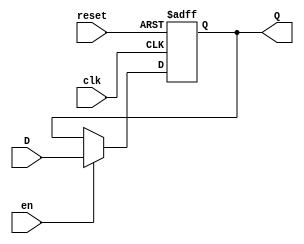
module BarrierRegister (
    input wire clk,        // Clock signal
    input wire en,        // Enable signal
    input wire reset,     // Asynchronous reset signal
    input wire [n-1:0] D, // Data input (n-bit wide)
    output reg [n-1:0] Q  // Data output (n-bit wide)
);
    parameter n = 8; // Define the width of the register (default is 8 bits)

    // Asynchronous reset and synchronous data capture
    always @(posedge clk or posedge reset) begin
        if (reset) begin
            Q <= {n{1'b0}}; // Reset output to 0
        end else if (en) begin
            Q <= D; // Latch input data on clock edge if enabled
        end
        // If reset is not active and enable is low, Q retains its value
    end
endmodule